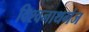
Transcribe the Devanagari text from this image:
विश्‍वनाथगंज